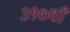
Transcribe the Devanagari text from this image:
३१७वाँ